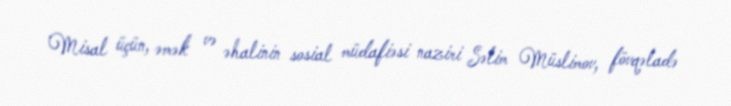
Misal üçün, əmək və əhalinin sosial müdafiəsi naziri Səlim Müslimov, fövqəladə